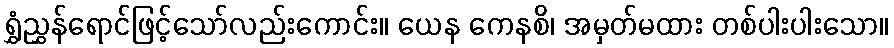
ရွှံညွှန်ရောင်ဖြင့်သော်လည်းကောင်း။ ယေန ကေနစိ၊ အမှတ်မထား တစ်ပါးပါးသော။